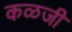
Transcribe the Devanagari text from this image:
कळजी